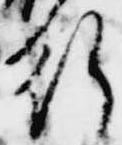
行